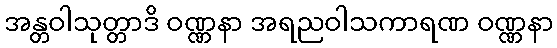
အန္တဝါသုတ္တာဒိ ဝဏ္ဏနာ အရညဝါသကာရဏ ဝဏ္ဏနာ